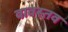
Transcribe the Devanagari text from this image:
वावस्तव